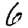
Digit: 6